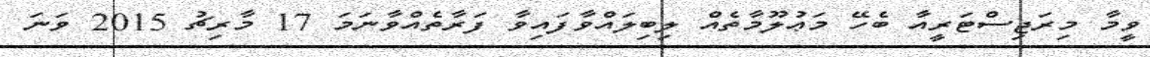
ވީމާ މިރަޖިސްޓަރީއާ ބެހޭ މަޢުލޫމާތެއް ލިބިލައްވާފައިވާ ފަރާތެއްވާނަމަ 17 މާރިޗު 2015 ވަނަ